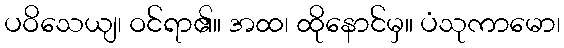
ပဝိသေယျ၊ ဝင်ရာ၏။ အထ၊ ထိုနောင်မှ။ ပံသုကာမော၊